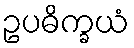
ဥပဓိက္ခယံ